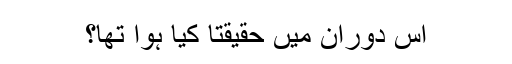
اس دوران میں حقیقتاً کیا ہوا تھا؟